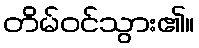
တိမ်ဝင်သွား၏။